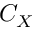
C _ { X }